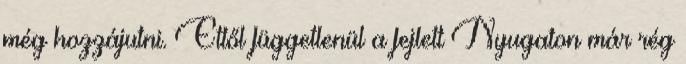
még hozzájutni. Ettől függetlenül a fejlett Nyugaton már rég